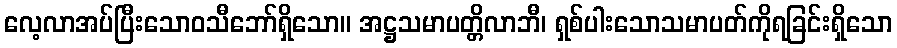
လေ့လာအပ်ပြီးသောဝသီဘော်ရှိသော။ အဋ္ဌသမာပတ္တိလာဘီ၊ ရှစ်ပါးသောသမာပတ်ကိုရခြင်းရှိသော